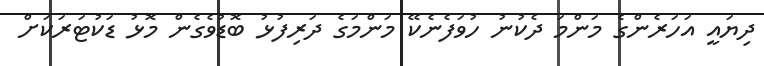
ދިޔައީ އަހަރެންގެ މަންމަ ދެކުނު ހުވަފެނެކޭ މަންމަގެ ދަރިފުޅު ބޮޑުވެގެން މޮޅު ޑަކުޓަރަކަށް